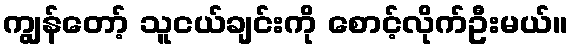
ကျွန်တော့် သူငယ်ချင်းကို စောင့်လိုက်ဦးမယ်။